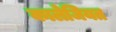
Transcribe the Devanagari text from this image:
कालेजियत